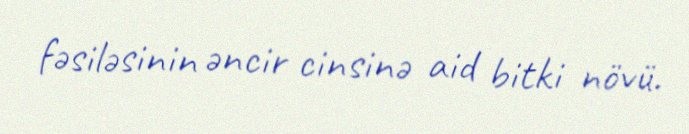
fəsiləsinin əncir cinsinə aid bitki növü.